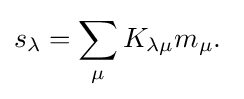
s_{\lambda }=\sum _{\mu }K_{\lambda \mu }m_{\mu }.\